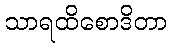
သာရထိစောဒိတာ